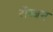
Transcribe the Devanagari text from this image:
रॉब्‍बन